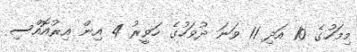
މިމަހުގެ 10 އަދި 11 ވަނަ ދުވަހުގެ ހަވީރު 4 އިން އިރުއޮއްސި